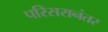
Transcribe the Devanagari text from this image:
परिसरानंतर